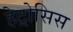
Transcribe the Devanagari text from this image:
हेट्रोसिस